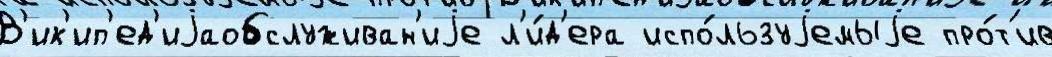
В'ик'ип'ед'иjаобслуживан'иjе л'и́д'ера испо́льзуjемыjе про́т'ив